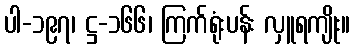
ပါ-၁၉၇၊ ဋ္ဌ-၁၆၆၊ ကြက်ရုံးပန်း လှူရကျိုး။